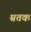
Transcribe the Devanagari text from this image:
म्रतक